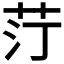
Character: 𦭑